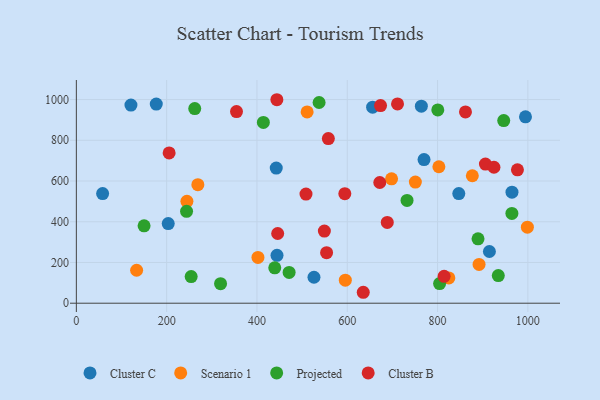
{"axis": {"x": "Speed", "y": "Fuel Efficiency"}, "legend": ["Cluster B", "Cluster C", "Projected", "Scenario 1"], "data": [{"x": "994.7", "y": 915.1, "type": "Cluster C"}, {"x": "442.7", "y": 663.8, "type": "Cluster C"}, {"x": "847.0", "y": 538.5, "type": "Cluster C"}, {"x": "120.9", "y": 972.7, "type": "Cluster C"}, {"x": "770.0", "y": 705.1, "type": "Cluster C"}, {"x": "58.2", "y": 538.6, "type": "Cluster C"}, {"x": "444.4", "y": 234.9, "type": "Cluster C"}, {"x": "914.8", "y": 253.8, "type": "Cluster C"}, {"x": "656.2", "y": 962.4, "type": "Cluster C"}, {"x": "177.0", "y": 977.7, "type": "Cluster C"}, {"x": "203.5", "y": 390.9, "type": "Cluster C"}, {"x": "526.3", "y": 127.4, "type": "Cluster C"}, {"x": "964.8", "y": 545.2, "type": "Cluster C"}, {"x": "764.1", "y": 967.4, "type": "Cluster C"}, {"x": "595.7", "y": 113.0, "type": "Scenario 1"}, {"x": "269.1", "y": 582.1, "type": "Scenario 1"}, {"x": "402.2", "y": 225.0, "type": "Scenario 1"}, {"x": "511.1", "y": 939.4, "type": "Scenario 1"}, {"x": "698.1", "y": 611.0, "type": "Scenario 1"}, {"x": "877.0", "y": 625.9, "type": "Scenario 1"}, {"x": "825.0", "y": 124.0, "type": "Scenario 1"}, {"x": "133.5", "y": 161.9, "type": "Scenario 1"}, {"x": "802.9", "y": 670.2, "type": "Scenario 1"}, {"x": "998.9", "y": 373.3, "type": "Scenario 1"}, {"x": "244.9", "y": 500.5, "type": "Scenario 1"}, {"x": "750.8", "y": 594.8, "type": "Scenario 1"}, {"x": "891.9", "y": 190.4, "type": "Scenario 1"}, {"x": "889.6", "y": 316.3, "type": "Projected"}, {"x": "439.4", "y": 173.7, "type": "Projected"}, {"x": "800.5", "y": 949.2, "type": "Projected"}, {"x": "262.2", "y": 955.6, "type": "Projected"}, {"x": "964.6", "y": 440.9, "type": "Projected"}, {"x": "150.0", "y": 379.8, "type": "Projected"}, {"x": "537.6", "y": 985.5, "type": "Projected"}, {"x": "732.4", "y": 504.5, "type": "Projected"}, {"x": "319.4", "y": 96.0, "type": "Projected"}, {"x": "471.2", "y": 151.2, "type": "Projected"}, {"x": "244.1", "y": 451.0, "type": "Projected"}, {"x": "254.3", "y": 130.8, "type": "Projected"}, {"x": "946.5", "y": 896.7, "type": "Projected"}, {"x": "804.5", "y": 96.4, "type": "Projected"}, {"x": "414.2", "y": 887.6, "type": "Projected"}, {"x": "934.5", "y": 135.6, "type": "Projected"}, {"x": "635.4", "y": 53.7, "type": "Cluster B"}, {"x": "558.1", "y": 808.6, "type": "Cluster B"}, {"x": "814.5", "y": 132.0, "type": "Cluster B"}, {"x": "594.6", "y": 538.0, "type": "Cluster B"}, {"x": "444.1", "y": 999.2, "type": "Cluster B"}, {"x": "354.7", "y": 940.8, "type": "Cluster B"}, {"x": "549.3", "y": 354.1, "type": "Cluster B"}, {"x": "508.6", "y": 535.8, "type": "Cluster B"}, {"x": "673.7", "y": 970.3, "type": "Cluster B"}, {"x": "906.0", "y": 683.0, "type": "Cluster B"}, {"x": "205.5", "y": 738.2, "type": "Cluster B"}, {"x": "924.9", "y": 667.7, "type": "Cluster B"}, {"x": "445.9", "y": 342.2, "type": "Cluster B"}, {"x": "688.6", "y": 396.5, "type": "Cluster B"}, {"x": "861.8", "y": 939.1, "type": "Cluster B"}, {"x": "554.2", "y": 248.2, "type": "Cluster B"}, {"x": "672.0", "y": 592.7, "type": "Cluster B"}, {"x": "976.9", "y": 655.2, "type": "Cluster B"}, {"x": "711.3", "y": 978.5, "type": "Cluster B"}]}